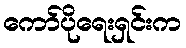
ကော်ပိုရေးရှင်းက